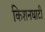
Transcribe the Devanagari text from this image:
किशनघाटी